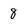
Character: 8